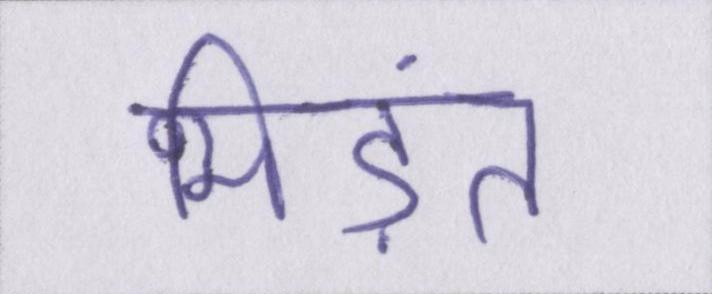
भिड़ंत